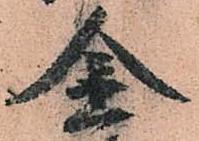
金